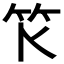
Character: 𥫪